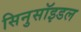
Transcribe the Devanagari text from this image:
सिनुसॉइडल